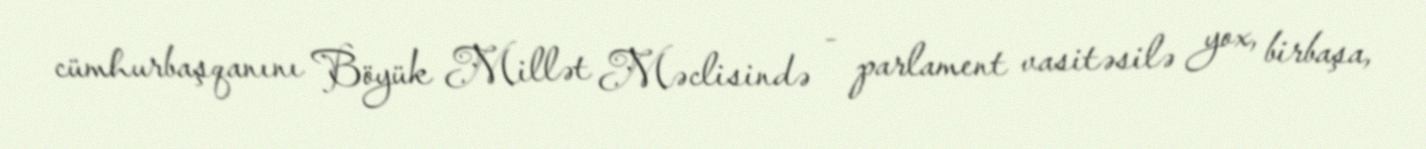
cümhurbaşqanını Böyük Millət Məclisində - parlament vasitəsilə yox, birbaşa,